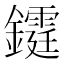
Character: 𨯊